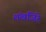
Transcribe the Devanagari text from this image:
शंखजिरे